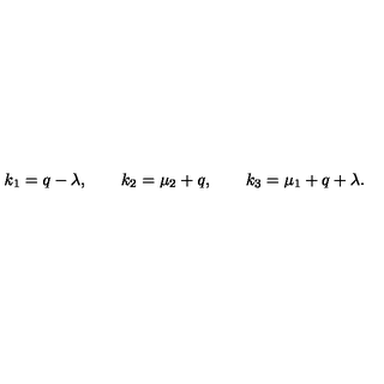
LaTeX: k _ { 1 } = q - \lambda , \qquad k _ { 2 } = \mu _ { 2 } + q , \qquad k _ { 3 } = \mu _ { 1 } + q + \lambda .